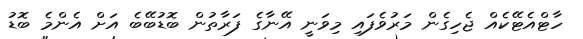
ހާޓްއެޓޭކެއް ޖެހިގެން މަރުވެފައި މިވަނީ އޭނާގެ ފަރާތުން ބޮޑުބޭބެ އަށް އެންމެ ބޮޑު